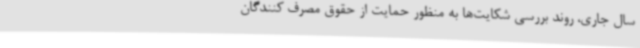
سال جاری، روند بررسی شکایت‌ها به منظور حمایت از حقوق مصرف کنندگان